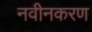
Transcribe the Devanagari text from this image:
नवीनकरण